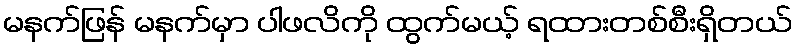
မနက်ဖြန် မနက်မှာ ပါဖလိကို ထွက်မယ့် ရထားတစ်စီးရှိတယ်